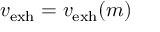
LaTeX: v _ { \mathrm { e x h } } = v _ { \mathrm { e x h } } ( m )